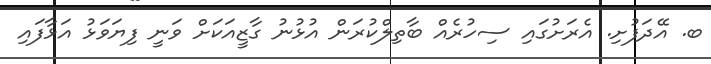
ބ. އޭދަފުށި. އެރަށުގައި ސިހުރެއް ބާތިލްކުރަން އުޅުނު ގާޒީއަކަށް ވަނީ ފިޔަވަޅު އަޅާފައި